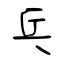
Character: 乓